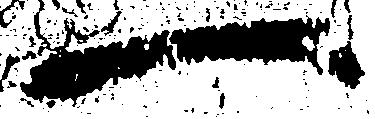
一